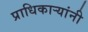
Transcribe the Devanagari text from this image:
प्राधिकाऱ्यांनी